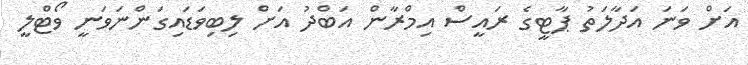
އަށް ވަނަ އަދާލަތު ޕާޓީގެ ރައީސް އިމްރާން އަބްދު އަށް ލިބިވަޑައިގަންނަވަނީ ވޯޓްލީ